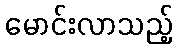
မောင်းလာသည့်